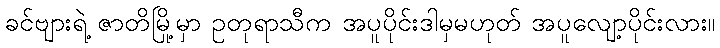
ခင်ဗျားရဲ့ ဇာတိမြို့မှာ ဥတုရာသီက အပူပိုင်းဒါမှမဟုတ် အပူလျော့ပိုင်းလား။